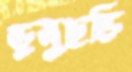
ডুলুছড়ি